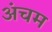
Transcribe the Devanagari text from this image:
अंचम